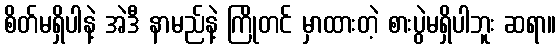
စိတ်မရှိပါနဲ့ အဲဒီ နာမည်နဲ့ ကြိုတင် မှာထားတဲ့ စားပွဲမရှိပါဘူး ဆရာ။